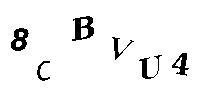
8CBVU4